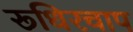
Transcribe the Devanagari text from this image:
रूधिरचाप